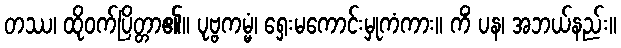
တဿ၊ ထိုဝက်ပြိတ္တာ၏။ ပုဗ္ဗကမ္မံ၊ ရှေးမကောင်းမှုကံကား။ ကိံ ပန၊ အဘယ်နည်း။